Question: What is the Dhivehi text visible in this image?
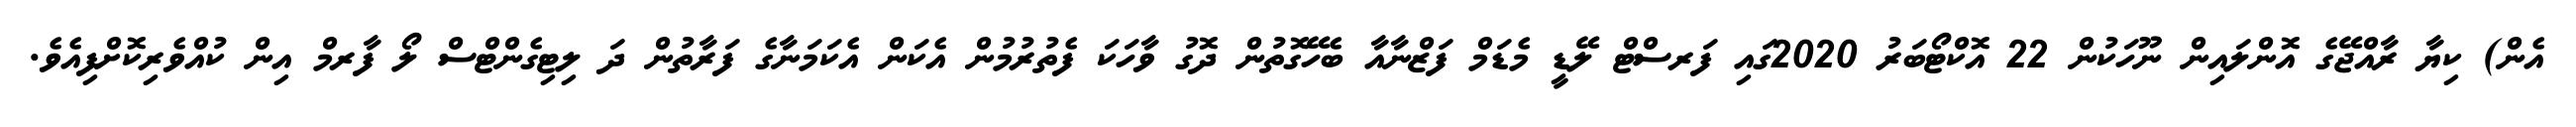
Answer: އެން) ކިޔާ ރާއްޖޭގެ އޮންލައިން ނޫހަކުން 22 އޮކްޓޯބަރު 2020ގައި ފަރސްޓް ލޭޑީ މެޑަމް ފަޒްނާއާ ބެހޭގޮތުން ދޮގު ވާހަކަ ފެތުރުމުން އެކަން އެކަމަނާގެ ފަރާތުން ދަ ލިޓިގެންޓްސް ލޯ ފާރމް އިން ކުއްވެރިކޮށްފިއެވެ.